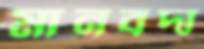
মানবদা